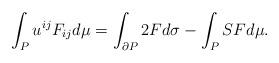
LaTeX: \begin{align*}\int_{P}u^{ij}F_{ij} d\mu= \int_{\partial P}2F d\sigma-\int_{P}SF d\mu. \end{align*}